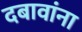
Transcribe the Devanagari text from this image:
दबावांना